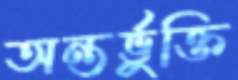
অন্তর্ভুক্তি